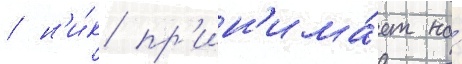
/ н'и́к пр'ин'има́ет на́